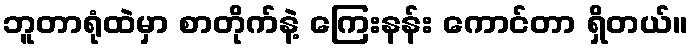
ဘူတာရုံထဲမှာ စာတိုက်နဲ့ ကြေးနန်း ကောင်တာ ရှိတယ်။